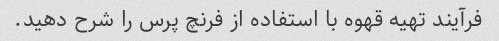
فرآیند تهیه قهوه با استفاده از فرنچ پرس را شرح دهید.